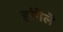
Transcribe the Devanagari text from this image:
हांगॆलॆ